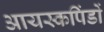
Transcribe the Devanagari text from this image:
आयस्कपिंडों